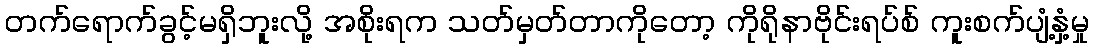
တက်ရောက်ခွင့်မရှိဘူးလို့ အစိုးရက သတ်မှတ်တာကိုတော့ ကိုရိုနာဗိုင်းရပ်စ် ကူးစက်ပျံ့နှံ့မှု